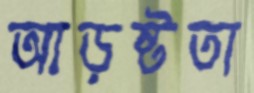
আড়ষ্টতা